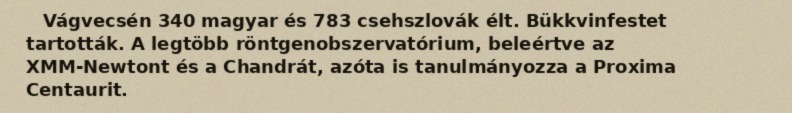
Vágvecsén 340 magyar és 783 csehszlovák élt. Bükkvinfestet tartották. A legtöbb röntgenobszervatórium, beleértve az XMM-Newtont és a Chandrát, azóta is tanulmányozza a Proxima Centaurit.